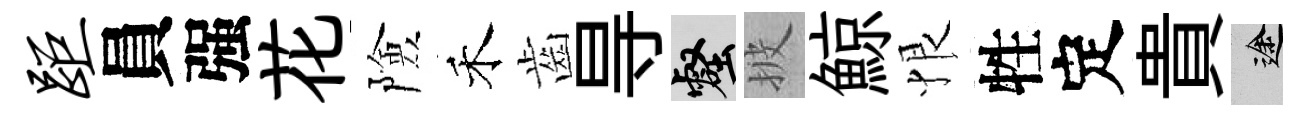
距員强花險禾齒㝵壑披鯨恨牲定貴途